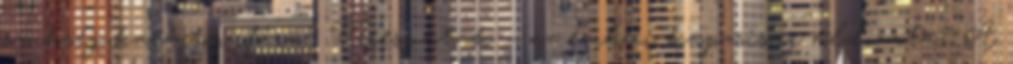
szükség karácsonyfára? Verespatak – az emberi kapzsiság áldozata? A